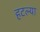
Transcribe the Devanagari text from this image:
हटल्या